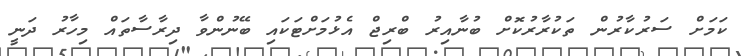
ކަމަށް ސަރުކާރުން ތަކުރާރުކޮށް ބުނާއިރު ބްރިޖް އެޅުމަށްޓަކައި ބޭނުންވާ ދިރާސާތައް މިހާރު ދަނީ